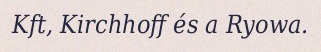
Kft, Kirchhoff és a Ryowa.